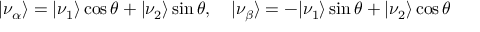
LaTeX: \vert \nu _ { \alpha } \rangle = \vert \nu _ { 1 } \rangle \cos \theta + \vert \nu _ { 2 } \rangle \sin \theta , \quad \vert \nu _ { \beta } \rangle = - \vert \nu _ { 1 } \rangle \sin \theta + \vert \nu _ { 2 } \rangle \cos \theta